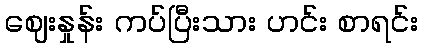
ဈေးနှုန်း ကပ်ပြီးသား ဟင်း စာရင်း